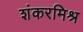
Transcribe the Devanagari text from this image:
शंकरमिश्र